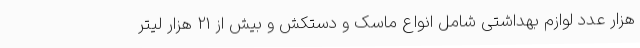
هزار عدد لوازم بهداشتی شامل انواع ماسک و دستکش و بیش از 21 هزار لیتر